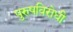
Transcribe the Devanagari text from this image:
पुरुषविरोधी